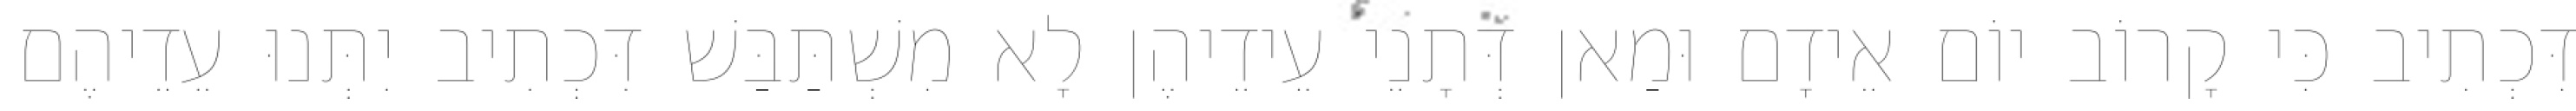
דִּכְתִיב כִּי קָרוֹב יוֹם אֵידָם וּמַאן דְּתָנֵי עֵידֵיהֶן לָא מִשְׁתַּבַּשׁ דִּכְתִיב יִתְּנוּ עֵדֵיהֶם